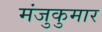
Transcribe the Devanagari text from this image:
मंजुकुमार